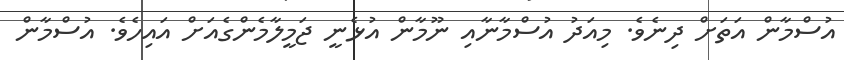
އުސްމާން އަތަށް ދިނެވެ. މިއަދު އުސްމާނާއި ނޫމާން އުޅެނީ ޖަމީލާމެންގެއަށް އައިހެވެ. އުސްމާން